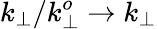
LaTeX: k_{\perp}/k_{\perp}^{o}\rightarrow k_{\perp}